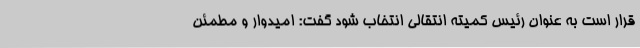
قرار است به عنوان رئیس کمیته انتقالی انتخاب شود گفت: امیدوار و مطمئن